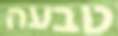
טבעה